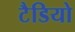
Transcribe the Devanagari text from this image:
टैडियो